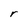
Character: r